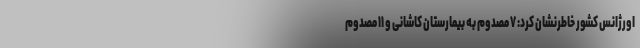
اورژانس کشور خاطرنشان کرد: ۷ مصدوم به بیمارستان کاشانی و ۱۱ مصدوم